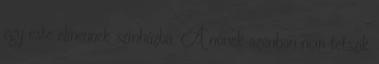
egy este elmennek színházba. A nőnek azonban nem tetszik